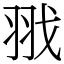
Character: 𦐂